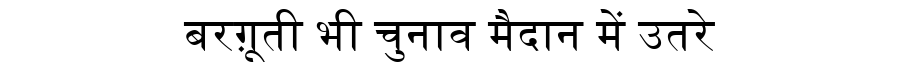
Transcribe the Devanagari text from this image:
बरग़ूती भी चुनाव मैदान में उतरे